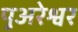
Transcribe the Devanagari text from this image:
पुअरेश्वर